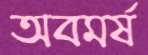
অবমর্ষ